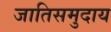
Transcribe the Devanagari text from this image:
जातिसमुदाय